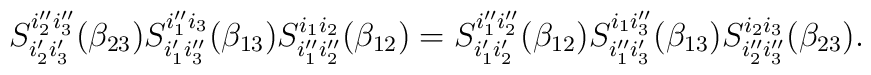
S_{i_2^\prime i_3^\prime}^{i_2^{\prime\prime} i_3^{\prime\prime}}(\beta_{23})S_{i_1^{\prime} i_3^{\prime\prime}}^{i_1^{\prime\prime} i_3}(\beta_{13})S_{i_1^{\prime\prime} i_2^{\prime\prime}}^{i_1 i_2}(\beta_{12})=S_{i_1^\prime i_2^\prime}^{i_1^{\prime\prime} i_2^{\prime\prime}}(\beta_{12})S_{i_1^{\prime\prime} i_3^\prime}^{i_1 i_3^{\prime\prime}}(\beta_{13})S_{i_2^{\prime\prime} i_3^{\prime\prime}}^{i_2 i_3}(\beta_{23}).